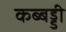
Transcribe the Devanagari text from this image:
कब्बड्डी